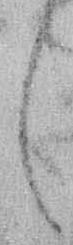
し